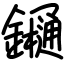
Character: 𨯁